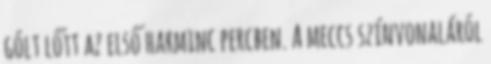
gólt lőtt az első harminc percben. A meccs színvonaláról